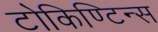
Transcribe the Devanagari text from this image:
टोकिण्टिन्स